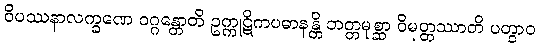
ဝိပဿနာလက္ခဏေ ဝဂ္ဂန္တောတိ ဥက္ကုဋိကပဓာနန္တိ ဘတ္တမုစ္ဆာ ဝိမုတ္တဿာတိ ပတွာဝ